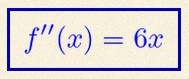
f''(x)=6x